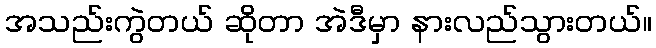
အသည်းကွဲတယ် ဆိုတာ အဲဒီမှာ နားလည်သွားတယ်။